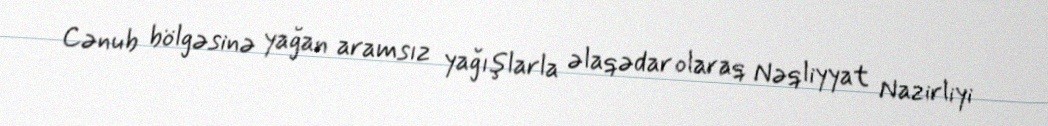
Cənub bölgəsinə yağan aramsız yağışlarla əlaqədar olaraq Nəqliyyat Nazirliyi